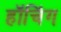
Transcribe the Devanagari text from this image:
हॉचिंग